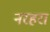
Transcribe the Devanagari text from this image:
नरहरा